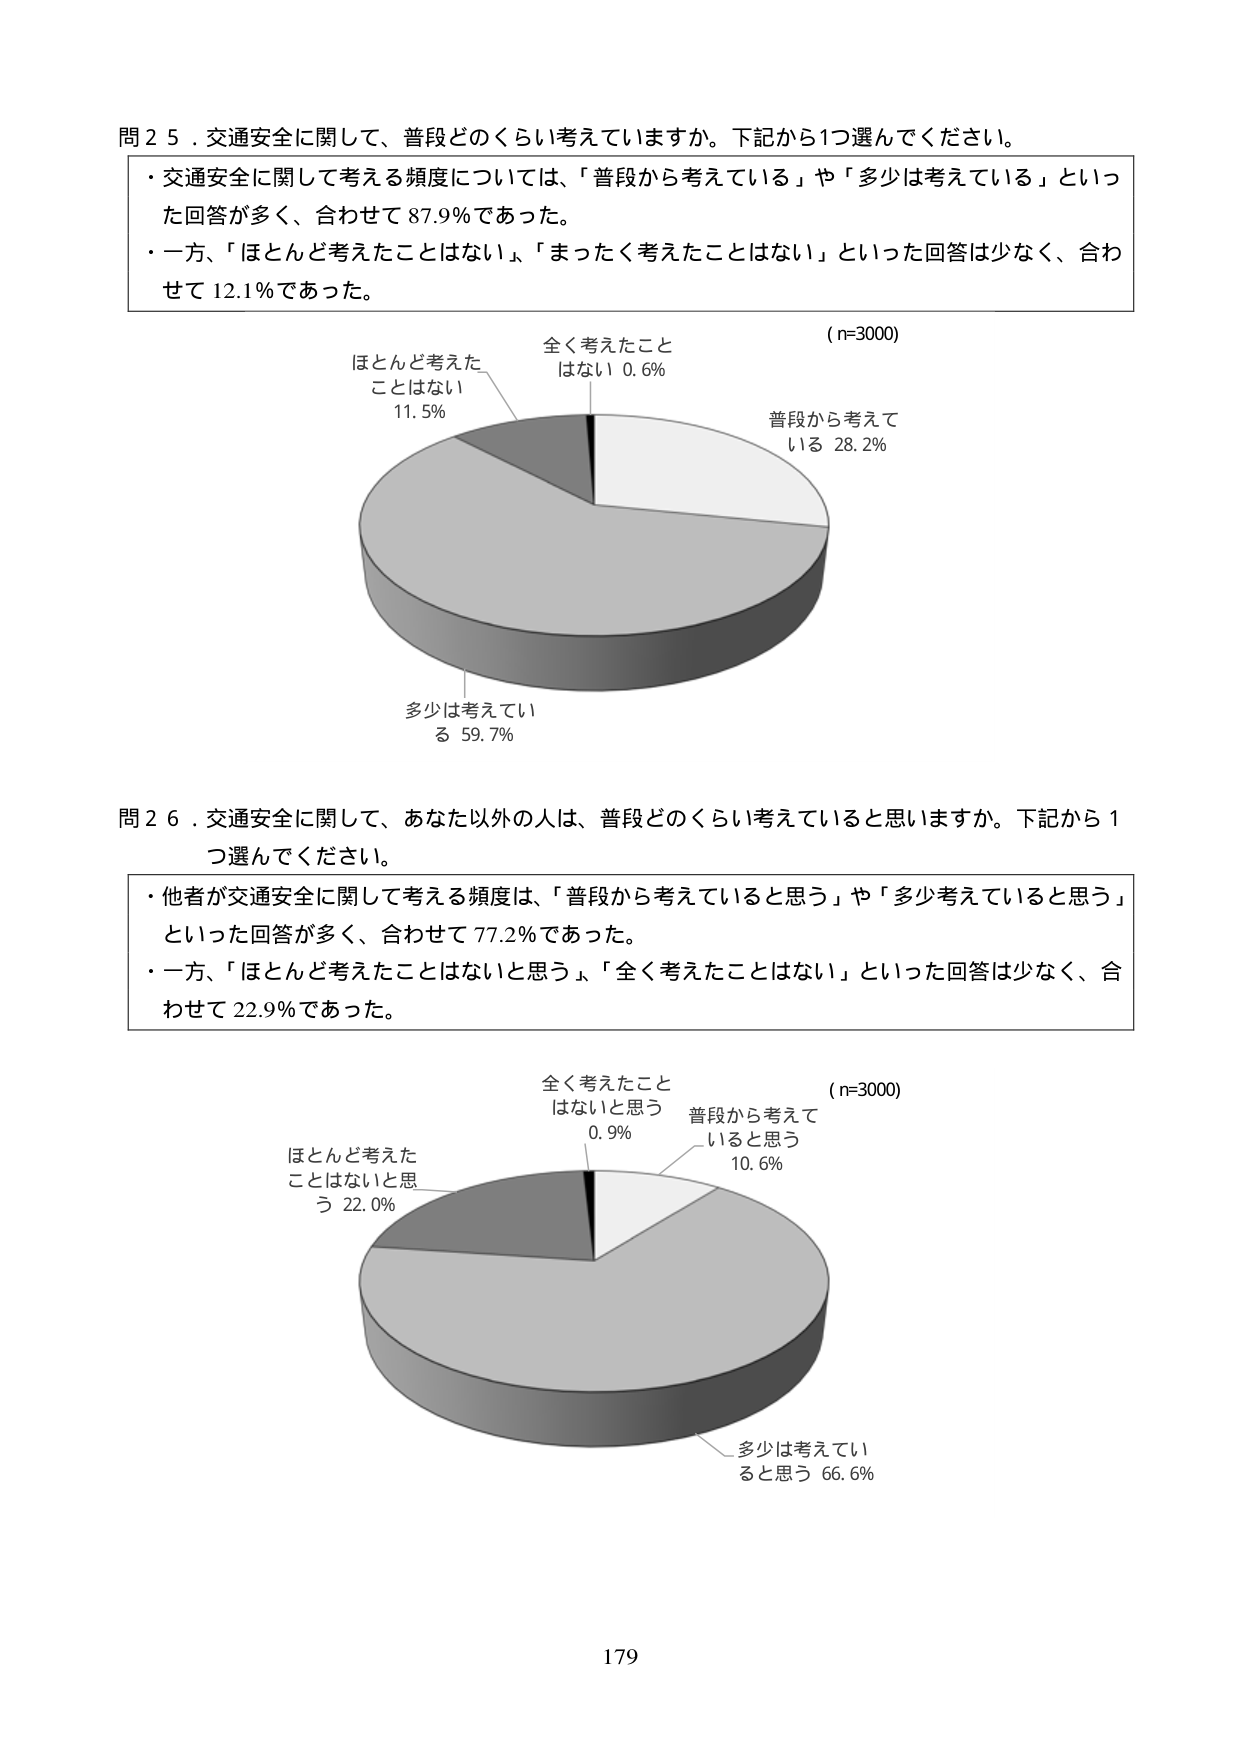
問２５．交通安全に関して、普段どのくらい考えていますか。下記から1つ選んでください。
・交通安全に関して考える頻度については、「普段から考えている」や「多少は考えている」といった回答が多く、合わせて87.9％であった。
・一方、「ほとんど考えたことはない」、「まったく考えたことはない」といった回答は少なく、合わせて12.1％であった。
（n=3000）
全く考えたことはない 0.6％
普段から考えている 28.2％
多少は考えている 59.7％
ほとんど考えたことはない 11.5％

問２６．交通安全に関して、あなた以外の人は、普段どのくらい考えていると思いますか。下記から1つ選んでください。
・他者が交通安全に関して考える頻度は、「普段から考えていると思う」や「多少考えていると思う」といった回答が多く、合わせて77.2％であった。
・一方、「ほとんど考えたことはないと思う」、「全く考えたことはない」といった回答は少なく、合わせて22.9％であった。
（n=3000）
全く考えたことはないと思う 0.9％
普段から考えていると思う 10.6％
多少は考えていると思う 66.6％
ほとんど考えたことはないと思う 22.0％

179